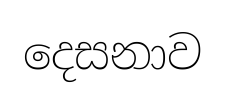
දෙසනාව